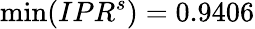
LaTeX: \operatorname*{min}(IPR^{s})=0.9406